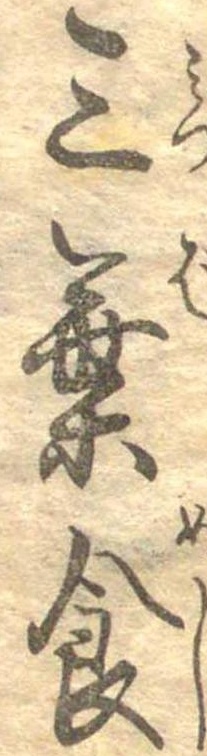
三葉食